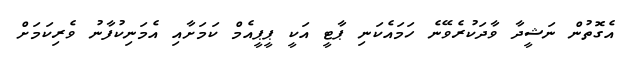
އެގޮތުން ނަޝީދާ ވާދަކުރެވޭނެ ހަމައެކަނި ޕާޓީ އަކީ ޕީޕީއެމް ކަމަށާއި އެމަނިކުފާނު ވެރިކަމަށް